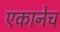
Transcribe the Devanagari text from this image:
एकानेच